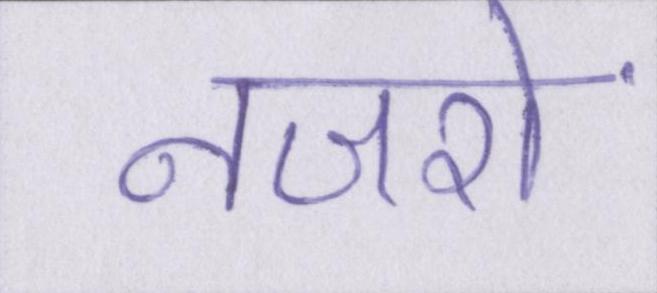
नजरों